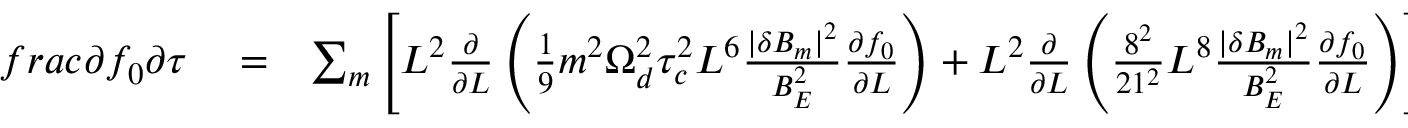
\begin{array} { r l r } { f r a c { \partial f _ { 0 } } { \partial \tau } } & { { } = } & { \sum _ { m } \left[ L ^ { 2 } \frac { \partial } { \partial L } \left( \frac { 1 } { 9 } m ^ { 2 } \Omega _ { d } ^ { 2 } \tau _ { c } ^ { 2 } L ^ { 6 } \frac { | \delta B _ { m } | ^ { 2 } } { B _ { E } ^ { 2 } } \frac { \partial f _ { 0 } } { \partial L } \right) + L ^ { 2 } \frac { \partial } { \partial L } \left( \frac { 8 ^ { 2 } } { 2 1 ^ { 2 } } L ^ { 8 } \frac { | \delta B _ { m } | ^ { 2 } } { B _ { E } ^ { 2 } } \frac { \partial f _ { 0 } } { \partial L } \right) \right] } \end{array}